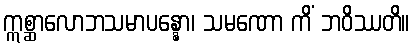
ဣစ္ဆာလောဘသမာပန္နော၊ သမဏော ကိံ ဘဝိဿတိ။